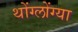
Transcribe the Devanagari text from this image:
थोंग्लोंग्या